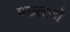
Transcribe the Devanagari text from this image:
पछतावो